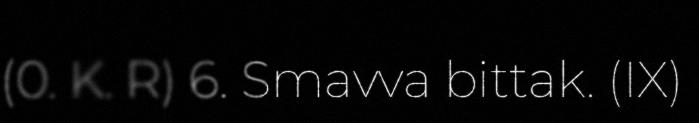
(0. K. R) 6. Smavva bittak. (IX)